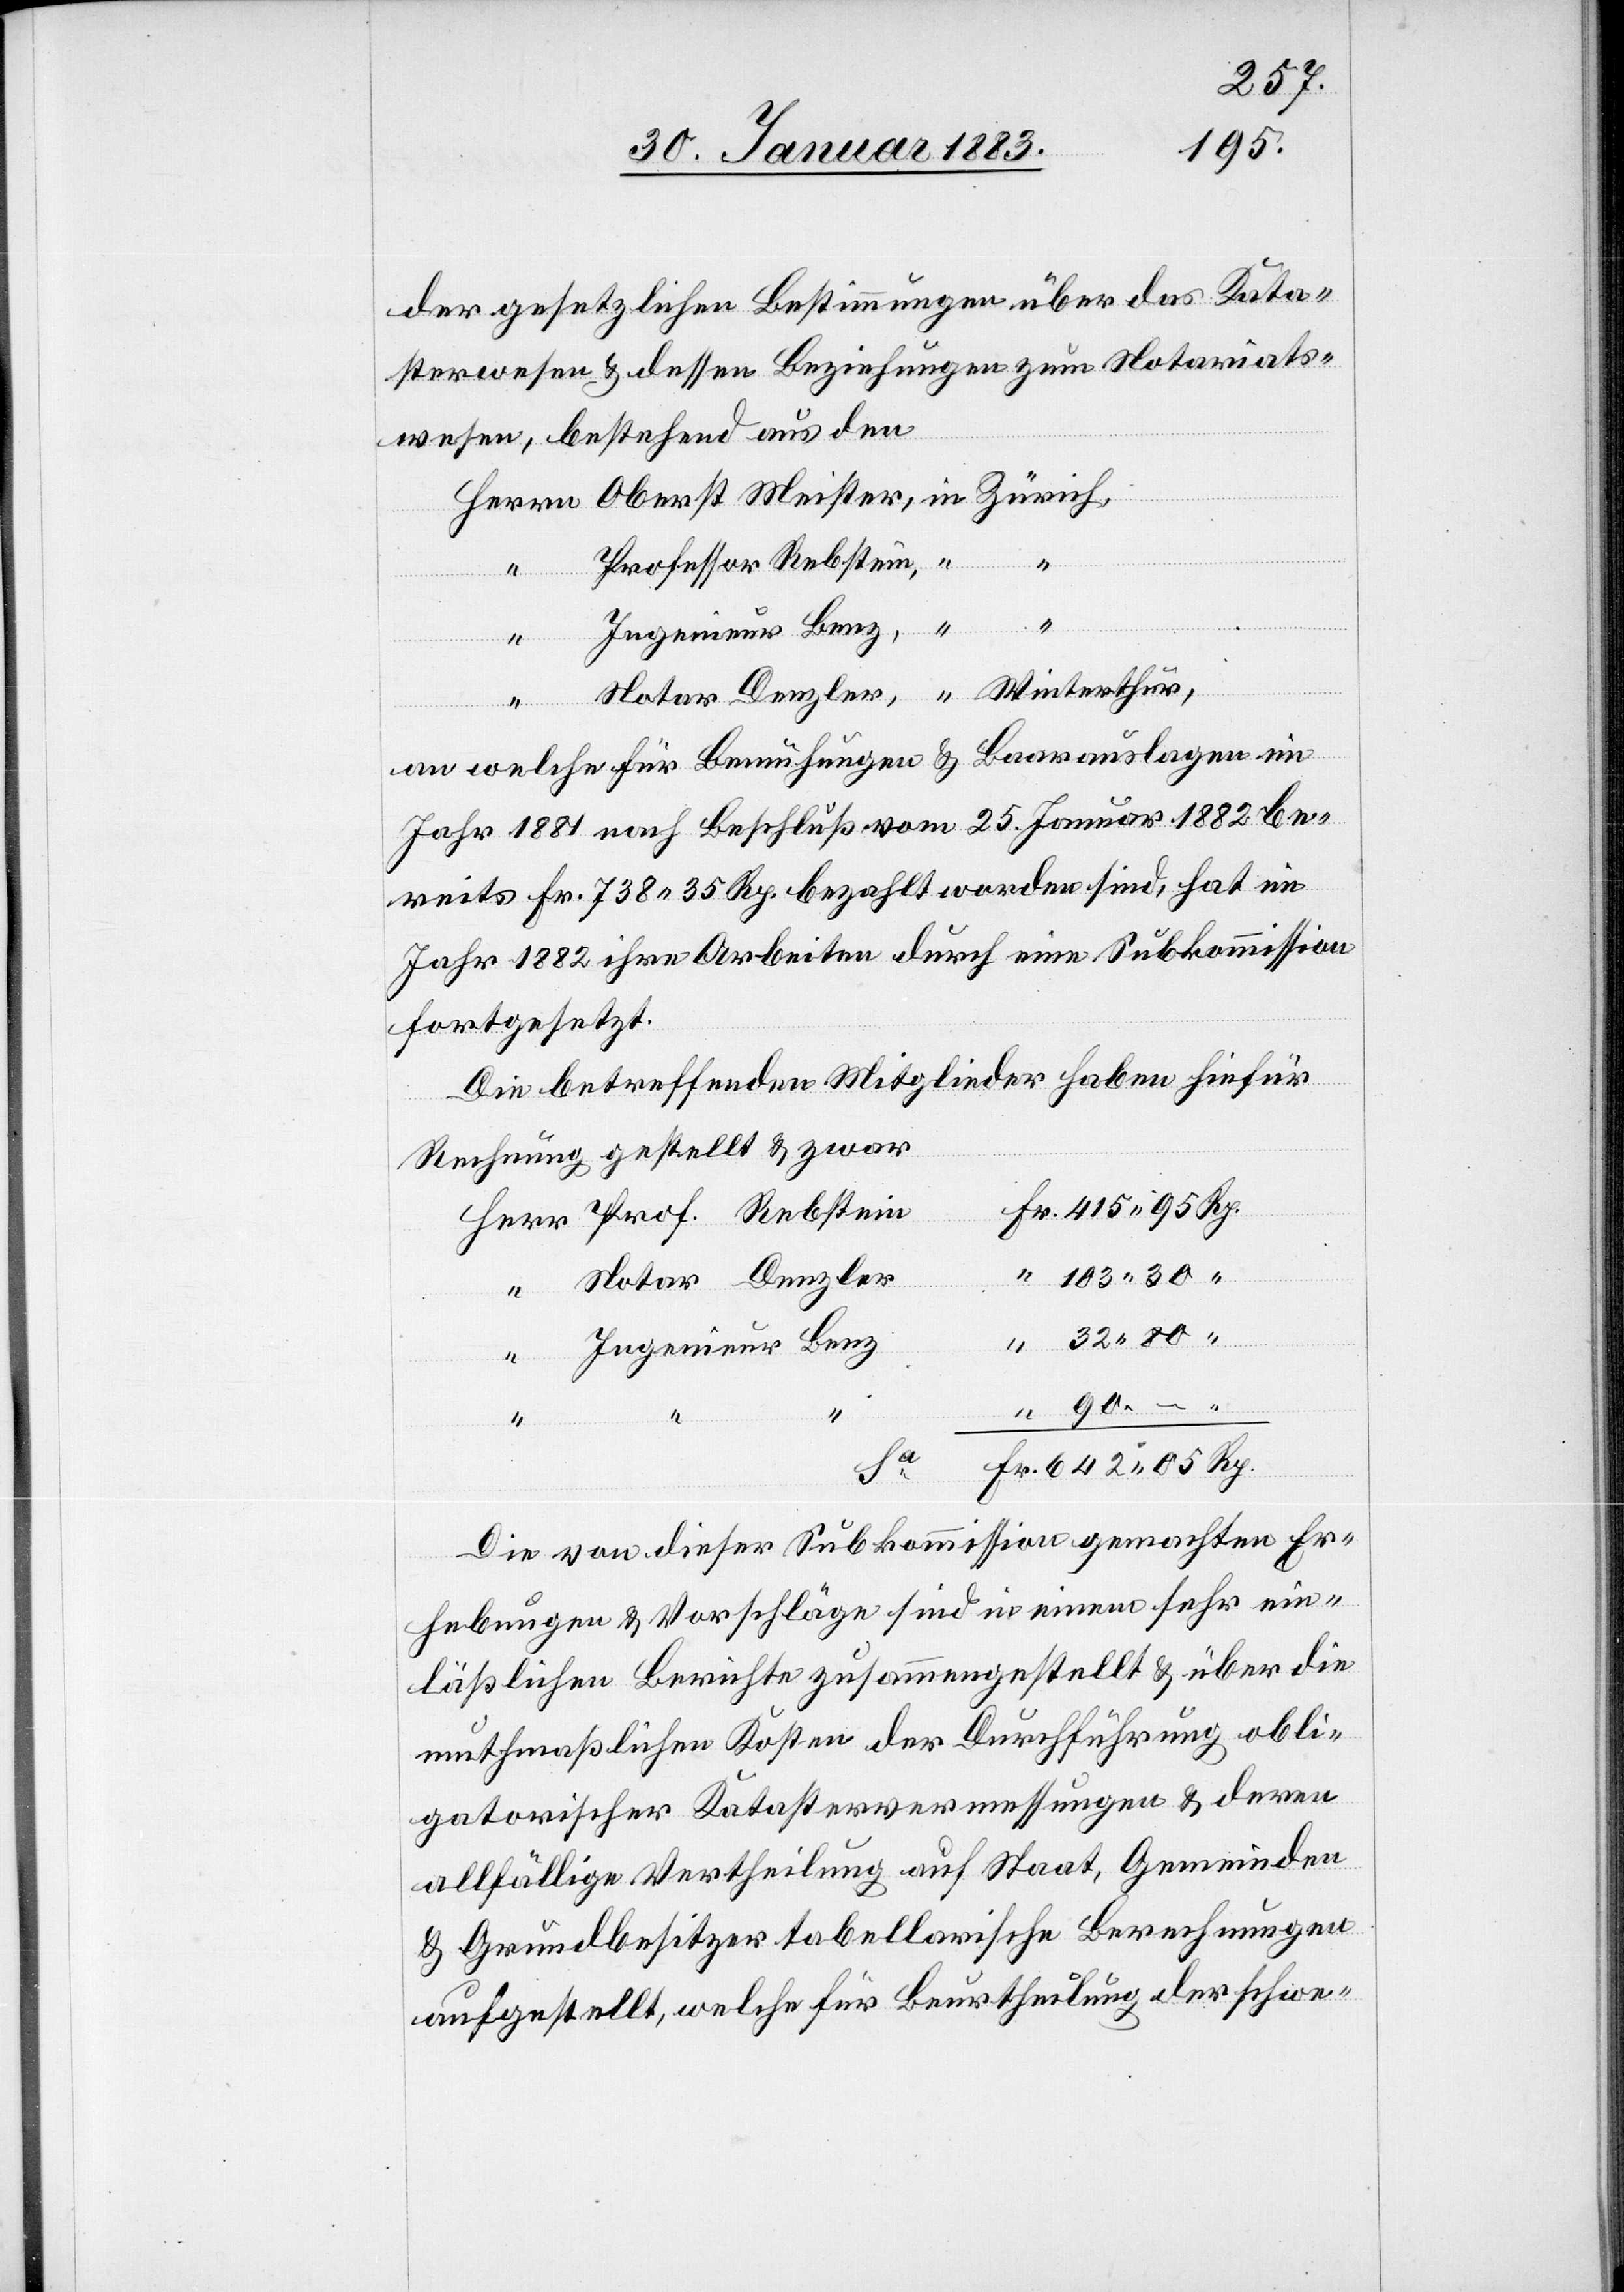
der gesetzlichen Bestimmungen über das Kata¬
sterwesen & dessen Beziehungen zum Notariats¬
Herr
wesen, bestehend aus den
Professor Rebstein,
Denzler
–
an welche für Bemühungen & Baarauslagen im
Jahr 1881 nach Beschluß vom 25. Januar 1882 be¬
reits Fr. 738 35 Rp. bezahlt worden sind, hat im
Jahr 1882 ihre Arbeiten durch eine Subkommission
fortgesetzt.
Rp.
Die betreffenden Mitglieder haben hiefür
Prof.
Rechnung gestellt & zwar
Ingenieur Benz
Notar
Die von dieser Subkommission gemachten Er¬
hebungen & Vorschläge sind in einem sehr ein¬
läßlichen Berichte zusammengestellt & über die
muthmaßlichen Kosten der Durchführung obli¬
gatorischer Katastervermessungen & deren
allfällige Vertheilung auf Staat, Gemeinden
& Grundbesitzer tabellarische Berechnungen
aufgestellt, welche für Beurtheilung der schwe-